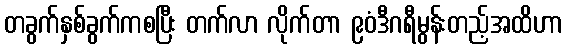
တခွက်နှစ်ခွက်ကစပြီး တက်လာ လိုက်တာ ၉၀ံဒီဂရီမွန်းတည့်အထိဟာ